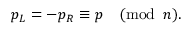
p _ { L } = - p _ { R } \equiv p \quad ( \mathrm { m o d } \, \, \, n ) .